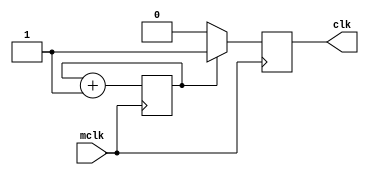
`timescale 1ns / 1ps
//////////////////////////////////////////////////////////////////////////////////
// Company: 
// Engineer: 
// 
// Design Name: 
// Module Name:    clkdiv 
// Project Name: 
// Target Devices: 
// Tool versions: 
// Description: 
//
// Dependencies: 
//
// Revision: 
// Revision 0.01 - File Created
// Additional Comments: 
//
//////////////////////////////////////////////////////////////////////////////////
module clkdiv(
    output reg clk,
    input mclk
    );


reg count;


always @(posedge mclk)
begin
count <= count + 1'b1;
if (count == 1'b1)
clk <= 1;
else
clk <= 0;
end

endmodule